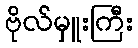
ဗိုလ်မှူးကြီး